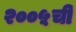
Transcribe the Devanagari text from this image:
२००५ची